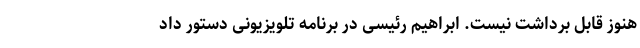
هنوز قابل برداشت نیست. ابراهیم رئیسی در برنامه تلویزیونی دستور داد